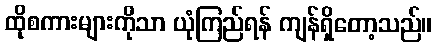
ထိုစကားများကိုသာ ယုံကြည်ရန် ကျန်ရှိတော့သည်။